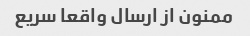
ممنون از ارسال واقعا سریع